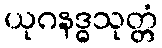
ယုဂနဒ္ဓသုတ္တံ